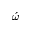
\acute { \omega }